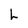
Character: L